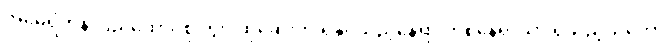
အမေရိကန် ပြည်ထောင်စု တွင် ထိုဆေးကို ရနိုင်သည့်နေရာ တစ်နေရာသာ ရှိသည့်သဘော